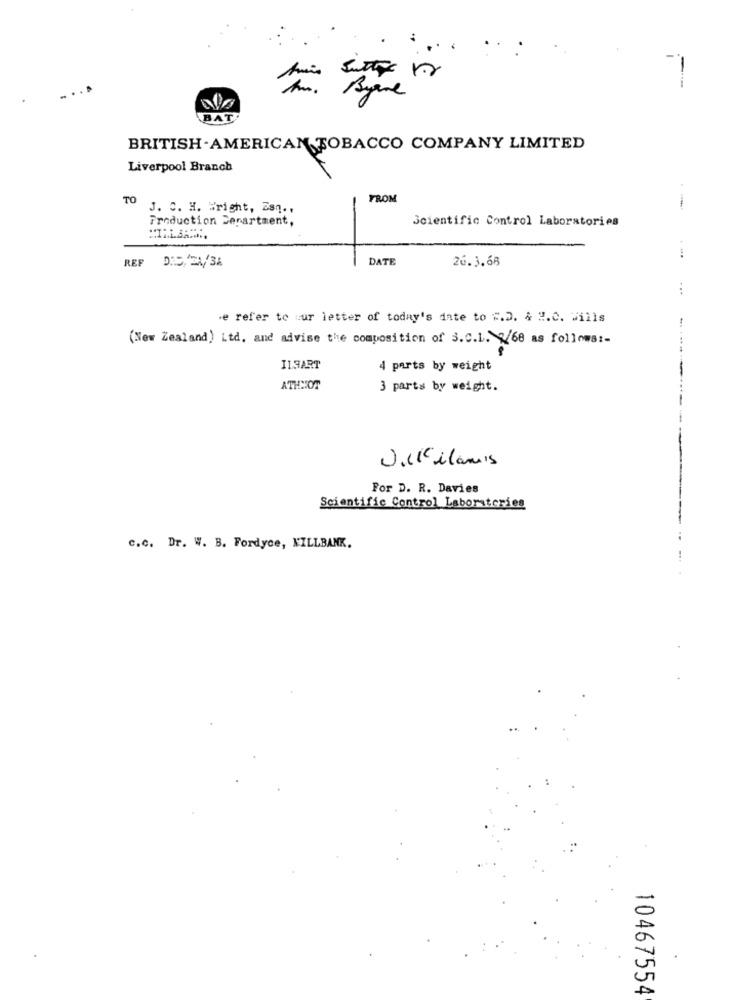
-
hm. Byene
BAT
BRITISH- AMERICAN TOBACCO COMPANY LIMITED
Liverpool Branch
TO
FROM
J. C. H. Wright, Zsn .,
Production Senartment,
Scientific Control Laboratories
REF
DATE
26.3.68
DID/21/36
...
.e refer to uur letter of today's date to #.D. & H.C. Mills
(New Zealand) Ltd, and advise the composition of 3.C.L. 1/68 as follows :-
I19ART
4 parts by weight
ATHNOT
3 parts by weight.
Dillilamis
For D. R. Davies
Scientific Control Laboratories
c.c. Dr. W. B. Fordyce, KILLBANK.
10467554